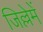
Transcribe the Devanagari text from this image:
जिल्लेमें